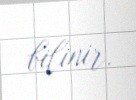
bilinir.